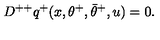
D ^ { + + } q ^ { + } ( x , \theta ^ { + } , \bar { \theta } ^ { + } , u ) = 0 .